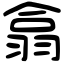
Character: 翕